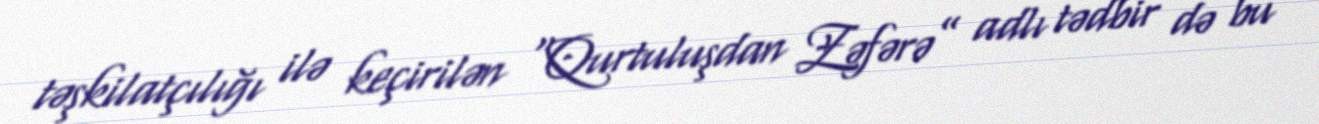
təşkilatçılığı ilə keçirilən “Qurtuluşdan Zəfərə” adlı tədbir də bu